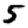
Digit: 5